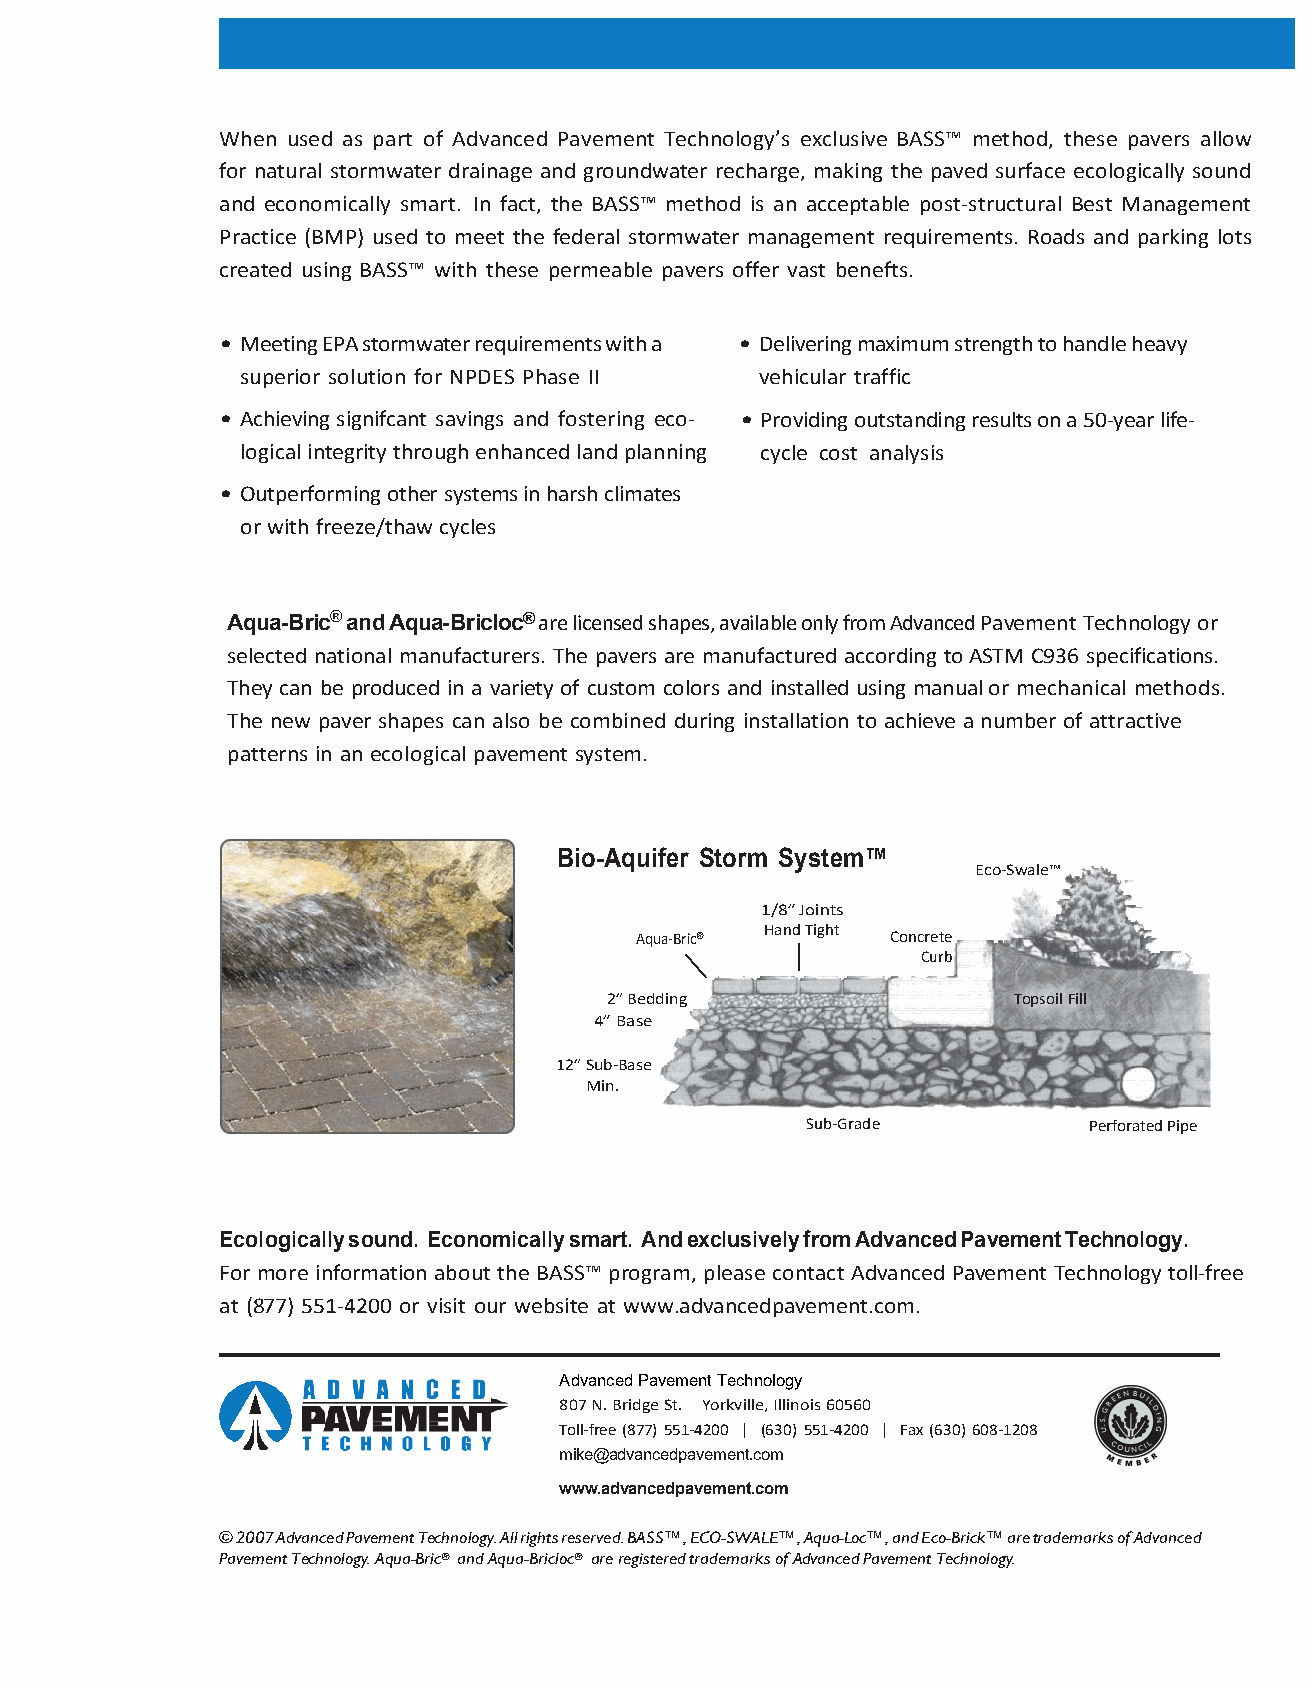
When used as part of Advanced Pavement Technology’s exclusive BASS™ method, these pavers allow
 for natural stormwater drainage and groundwater recharge, making the paved surface ecologically sound
 and economically smart. In fact, the BASS™ method is an acceptable post-structural Best Management
 Practice (BMP) used to meet the federal stormwater management requirements. Roads and parking lots
 created using BASS™ with these permeable pavers offer vast benefts.
 • Meeting EPA stormwater requirements with a • Delivering maximum strength to handle heavy
 superior solution for NPDES Phase II vehicular traffic
 • Achieving signifcant savings and fostering eco- • Providing outstanding results on a 50-year life-
 logical integrity through enhanced land planning cycle cost analysis
 • Outperforming other systems in harsh climates
 or with freeze/thaw cycles
 Aqua-Bric® and Aqua-Bricloc® are licensed shapes, available only from Advanced Pavement Technology or
 selected national manufacturers. The pavers are manufactured according to ASTM C936 specifications.
 They can be produced in a variety of custom colors and installed using manual or mechanical methods.
 The new paver shapes can also be combined during installation to achieve a number of attractive
 patterns in an ecological pavement system.
 Bio-Aquifer Storm System™
 Eco-Swale™
 1/8” Joints
 Aqua-Bric® Hand Tight Concrete
 Curb
 2” Bedding                 Topsoil Fill
 4” Base
 12” Sub-Base
 Min.
 Sub-Grade          Perforated Pipe
 Ecologically sound. Economically smart. And exclusively from Advanced Pavement Technology.
 For more information about the BASS™ program, please contact Advanced Pavement Technology toll-free
 at (877) 551-4200 or visit our website at www.advancedpavement.com.
 Advanced Pavement Technology
 807 N. Bridge St. Yorkville, Illinois 60560
 Toll-free (877) 551-4200 | (630) 551-4200 | Fax (630) 608-1208
 mike@advancedpavement.com
 www.advancedpavement.com
 © 2007 Advanced Pavement Technology. All rights reserved. BASS™, ECO-SWALE™, Aqua-Loc™, and Eco-Brick™ are trademarks of Advanced
 Pavement Technology. Aqua-Bric® and Aqua-Bricloc® are registered trademarks of Advanced Pavement Technology.